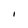
Character: I